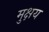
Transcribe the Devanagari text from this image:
मुक्षय